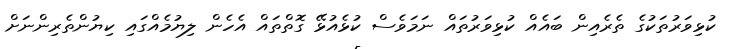
ކުޅިވަރުތަކުގެ ތެރެއިން ބައެއް ކުޅިވަރުތައް ނަމަވެސް ކުޅެއުޅޭ ގޮތްތައް އެހެން ލިޔުމެއްގައި ކިޔުންތެރިންނަށް